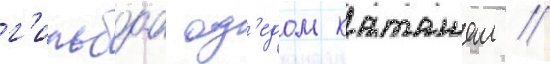
г'ильбоа од'едом каташем //